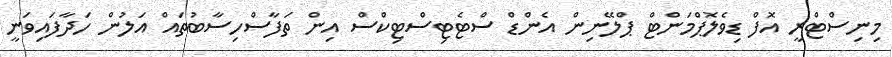
މިނިސްޓްރީ އޮފް ޑިވެލޮޕްމަންޓް ޕްލޭނިން އެންޑް ސްޓެޓިސްޓިކްސް އިން ތަފާސްހިސާބުތައް އަލުން ހަދާފައިވަނީ